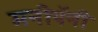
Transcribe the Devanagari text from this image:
मनीपॅनी